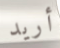
أريد